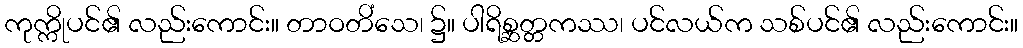
ကုက္ကိုပင်၏ လည်းကောင်း။ တာဝတိံသေ၊ ၌။ ပါရိစ္ဆတ္တကဿ၊ ပင်လယ်က သစ်ပင်၏ လည်းကောင်း။